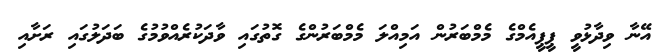
އޭނާ ވިދާޅުވީ ޕީޕީއެމްގެ މެމްބަރުން އަމިއްލަ މެމްބަރުންގެ ގޮތުގައި ވާދަކުރެއްވުމުގެ ބަދަލުގައި ރަށާއި